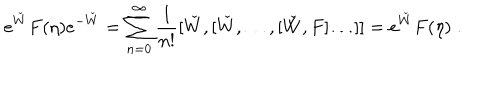
e ^ { \check { W } } F ( \eta ) e ^ { - \check { W } } = \sum _ { n = 0 } ^ { \infty } \frac { 1 } { n ! } [ \check { W } , [ \check { W } , \ldots , [ \check { W } , F ] \ldots ] ] = e ^ { \check { W } } F ( \eta ) \; .